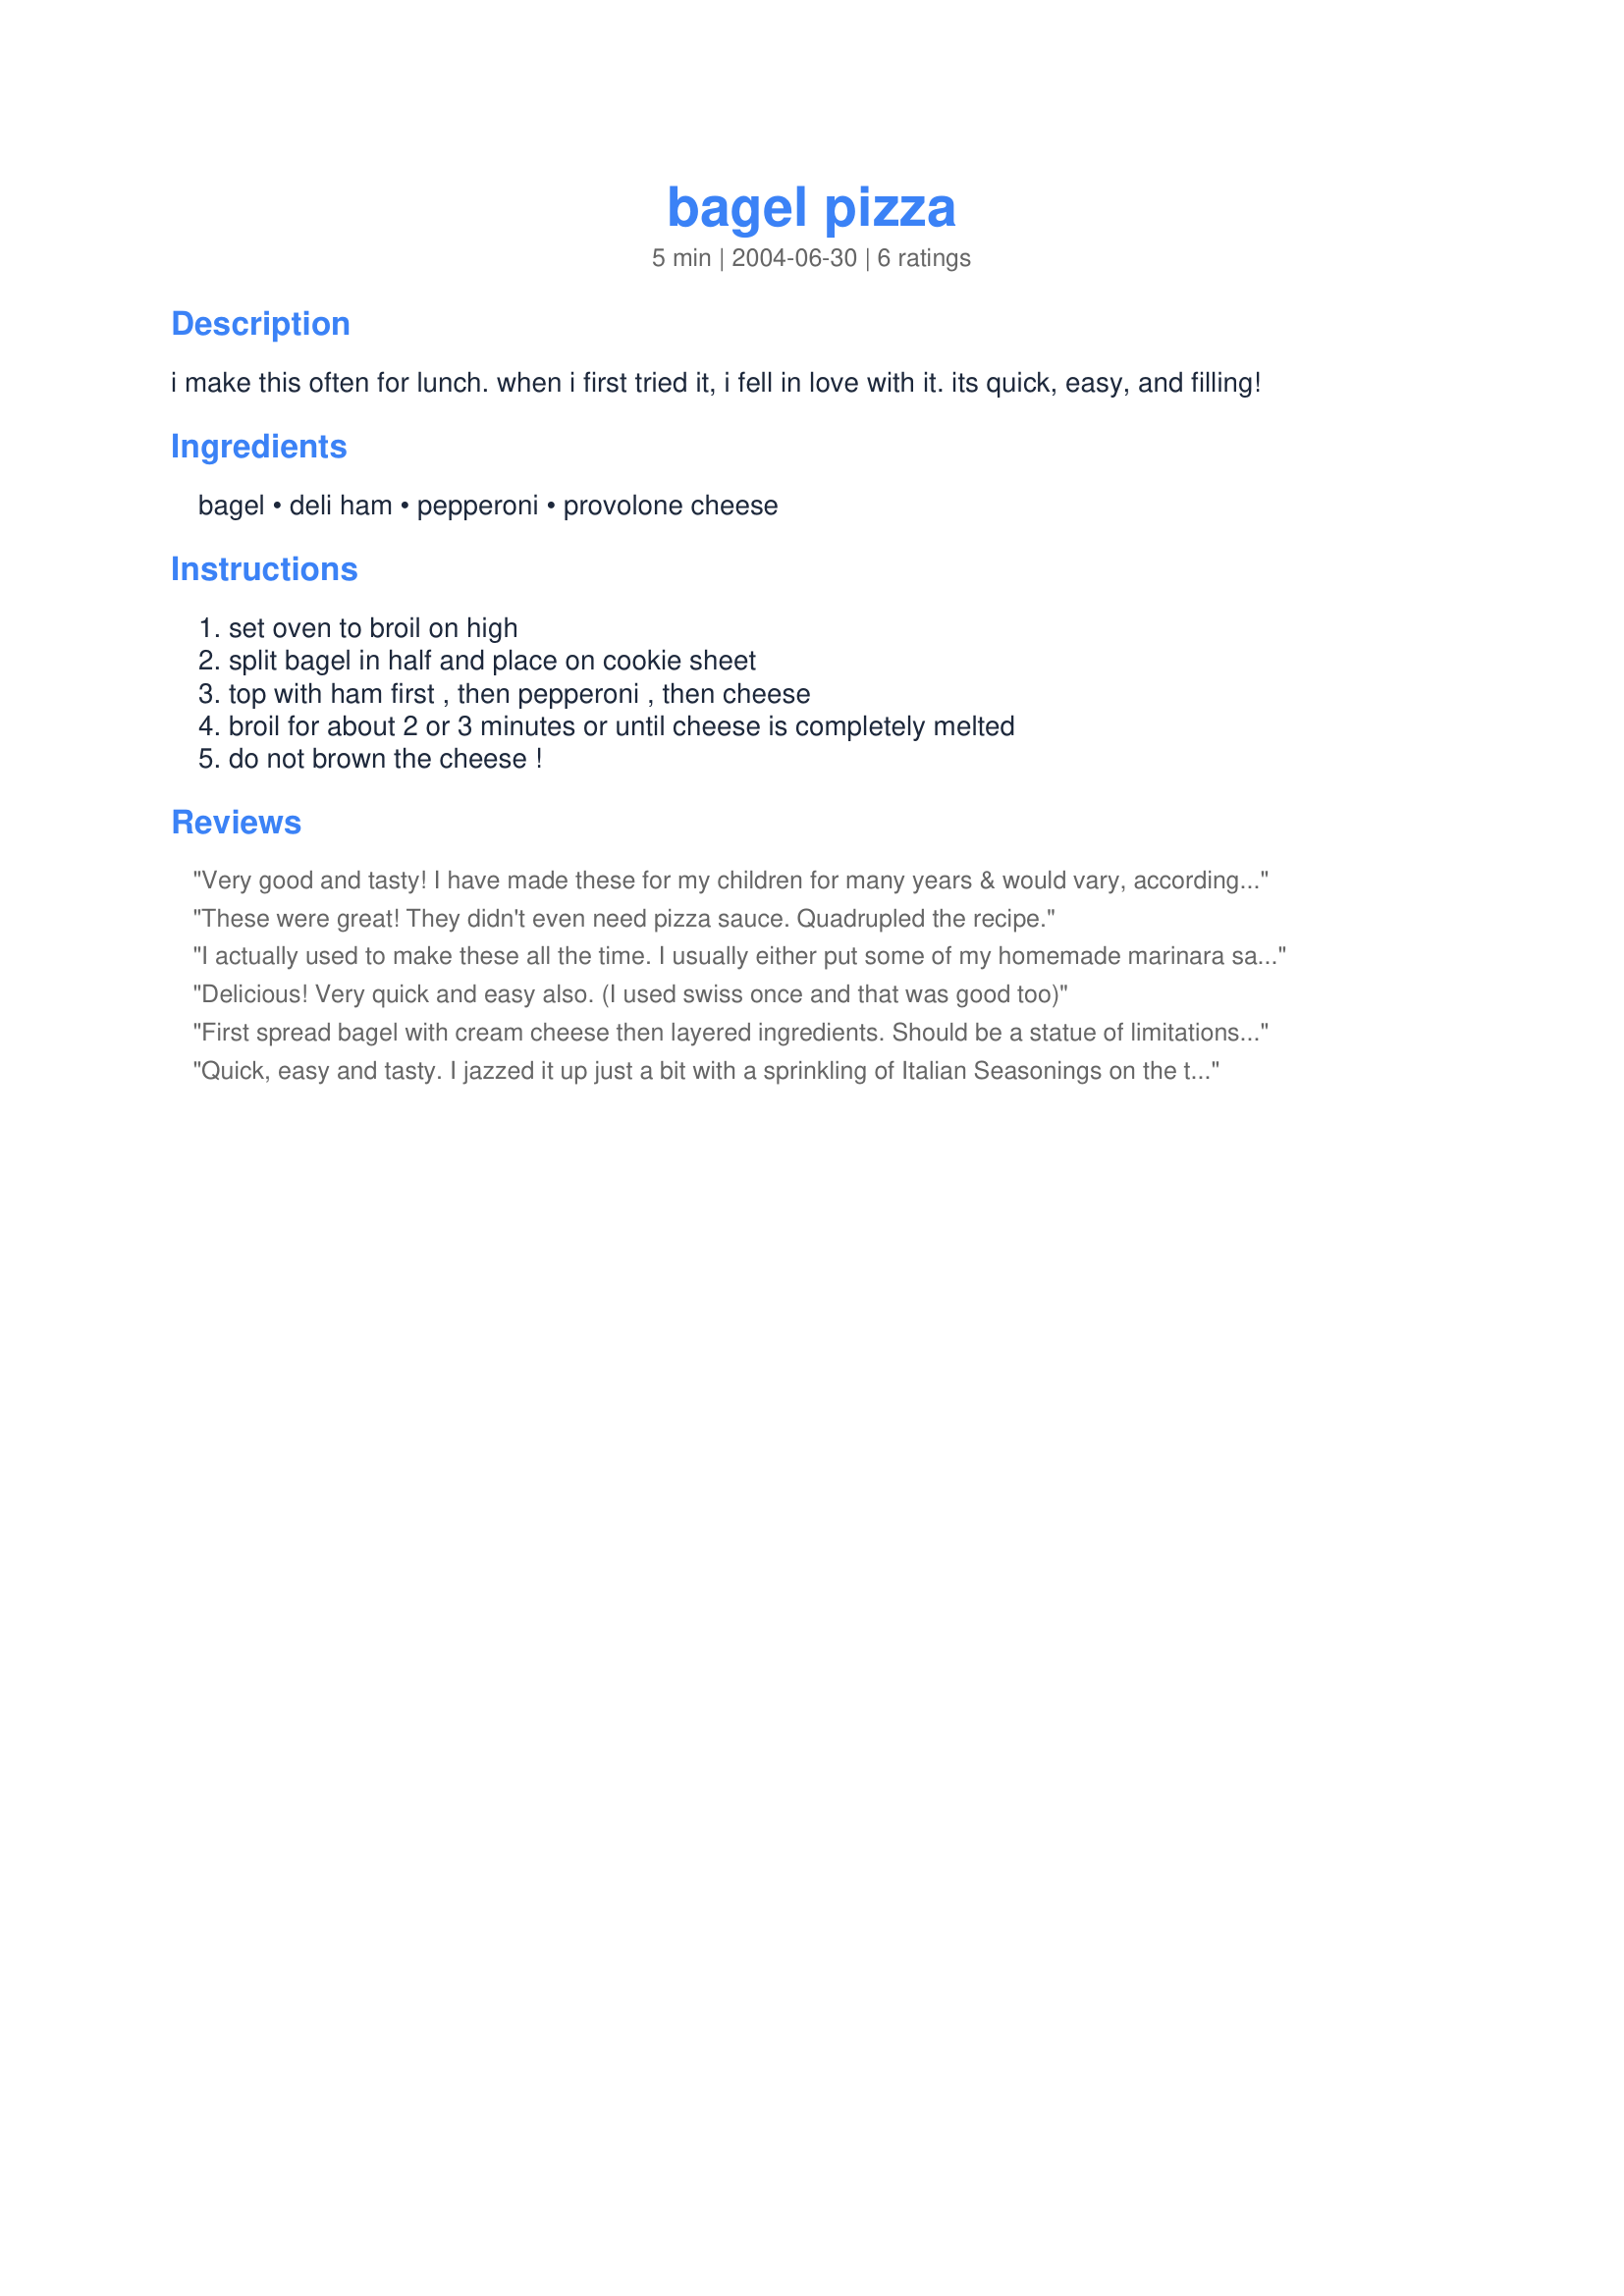
bagel pizza
Preparation time: 5 minutes

i make this often for lunch. when i first tried it, i fell in love with it. its quick, easy, and filling!

Ingredients:
bagel, deli ham, pepperoni, provolone cheese

Steps:
set oven to broil on high, split bagel in half and place on cookie sheet, top with ham first , then pepperoni , then cheese, broil for about 2 or 3 minutes or until cheese is completely melted, do not brown the cheese !

Reviews:
Very good and tasty! I have made these for my children for many years & would vary, according to the ingredients of the frig. It is great with Canadian bacon, pepperoni, mozzarella cheese, Italian seasoning & a touch of bottled sauce. Then I would toast it in the toaster oven. Thanks so much for sharing, Diane
These were great! They didn't even need pizza sauce. Quadrupled the recipe.
I actually used to make these all the time. I usually either put some of my homemade marinara sauce as the first layer (not too much because then it would just get soggy) or a thick slice of tomato. I've never tried it with the ham, but will next time after seeing all the reviews.
Delicious! Very quick and easy also. (I used swiss once and that was good too)
First spread bagel with cream cheese then layered ingredients. Should be a statue of limitations on one serving. My undaroonz are getting rather tight, but that's ok.
Quick, easy and tasty. I jazzed it up just a bit with a sprinkling of Italian Seasonings on the top. Thanks for sharing!
